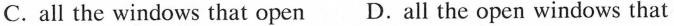
C.all the windows that open D.all the open windows that